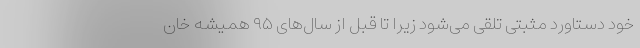
خود دستاورد مثبتی تلقی می‌شود زیرا تا قبل از سال‌های ۹۵ همیشه خان